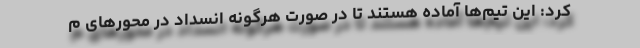
کرد: این تیم‌ها آماده هستند تا در صورت هرگونه انسداد در محورهای م